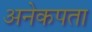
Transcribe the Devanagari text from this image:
अनेकपता